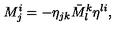
M _ { j } ^ { i } = - \eta _ { j k } \bar { M } _ { l } ^ { k } \eta ^ { l i } ,